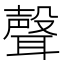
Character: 聲